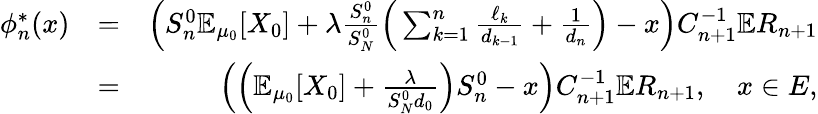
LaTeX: \begin{array}{rlr}{\phi_{n}^{*}(x)}&{=}&{\left(S_{n}^{0}\mathbb{E}_{\mu_{0}}[X_{0}]+\lambda\frac{S_{n}^{0}}{S_{N}^{0}}\Big(\sum_{k=1}^{n}\frac{\ell_{k}}{d_{k-1}}+\frac{1}{d_{n}}\Big)-x\right)C_{n+1}^{-1}\mathbb{E}R_{n+1}}\\ &{=}&{\left(\Big(\mathbb{E}_{\mu_{0}}[X_{0}]+\frac{\lambda}{S_{N}^{0}d_{0}}\Big)S_{n}^{0}-x\right)C_{n+1}^{-1}\mathbb{E}R_{n+1},\quad x\in E,}\end{array}